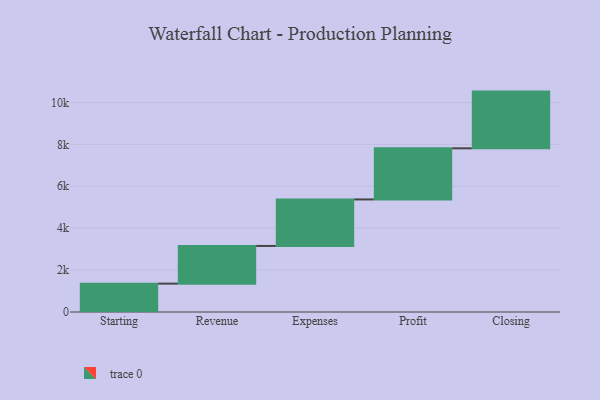
{"axis": {"x": "Step", "y": "Value"}, "legend": [""], "data": [{"x": "Starting", "y": 1354.0, "type": ""}, {"x": "Revenue", "y": 1799.0, "type": ""}, {"x": "Expenses", "y": 2219.0, "type": ""}, {"x": "Profit", "y": 2440.0, "type": ""}, {"x": "Closing", "y": 2707.0, "type": ""}]}